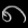
Digit: ၈